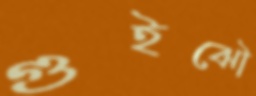
গুইঝৌ